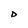
Character: D